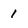
Character: 1